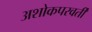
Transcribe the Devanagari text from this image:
अशोकपरवर्ती